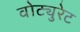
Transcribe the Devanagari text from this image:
वोट्युरेट